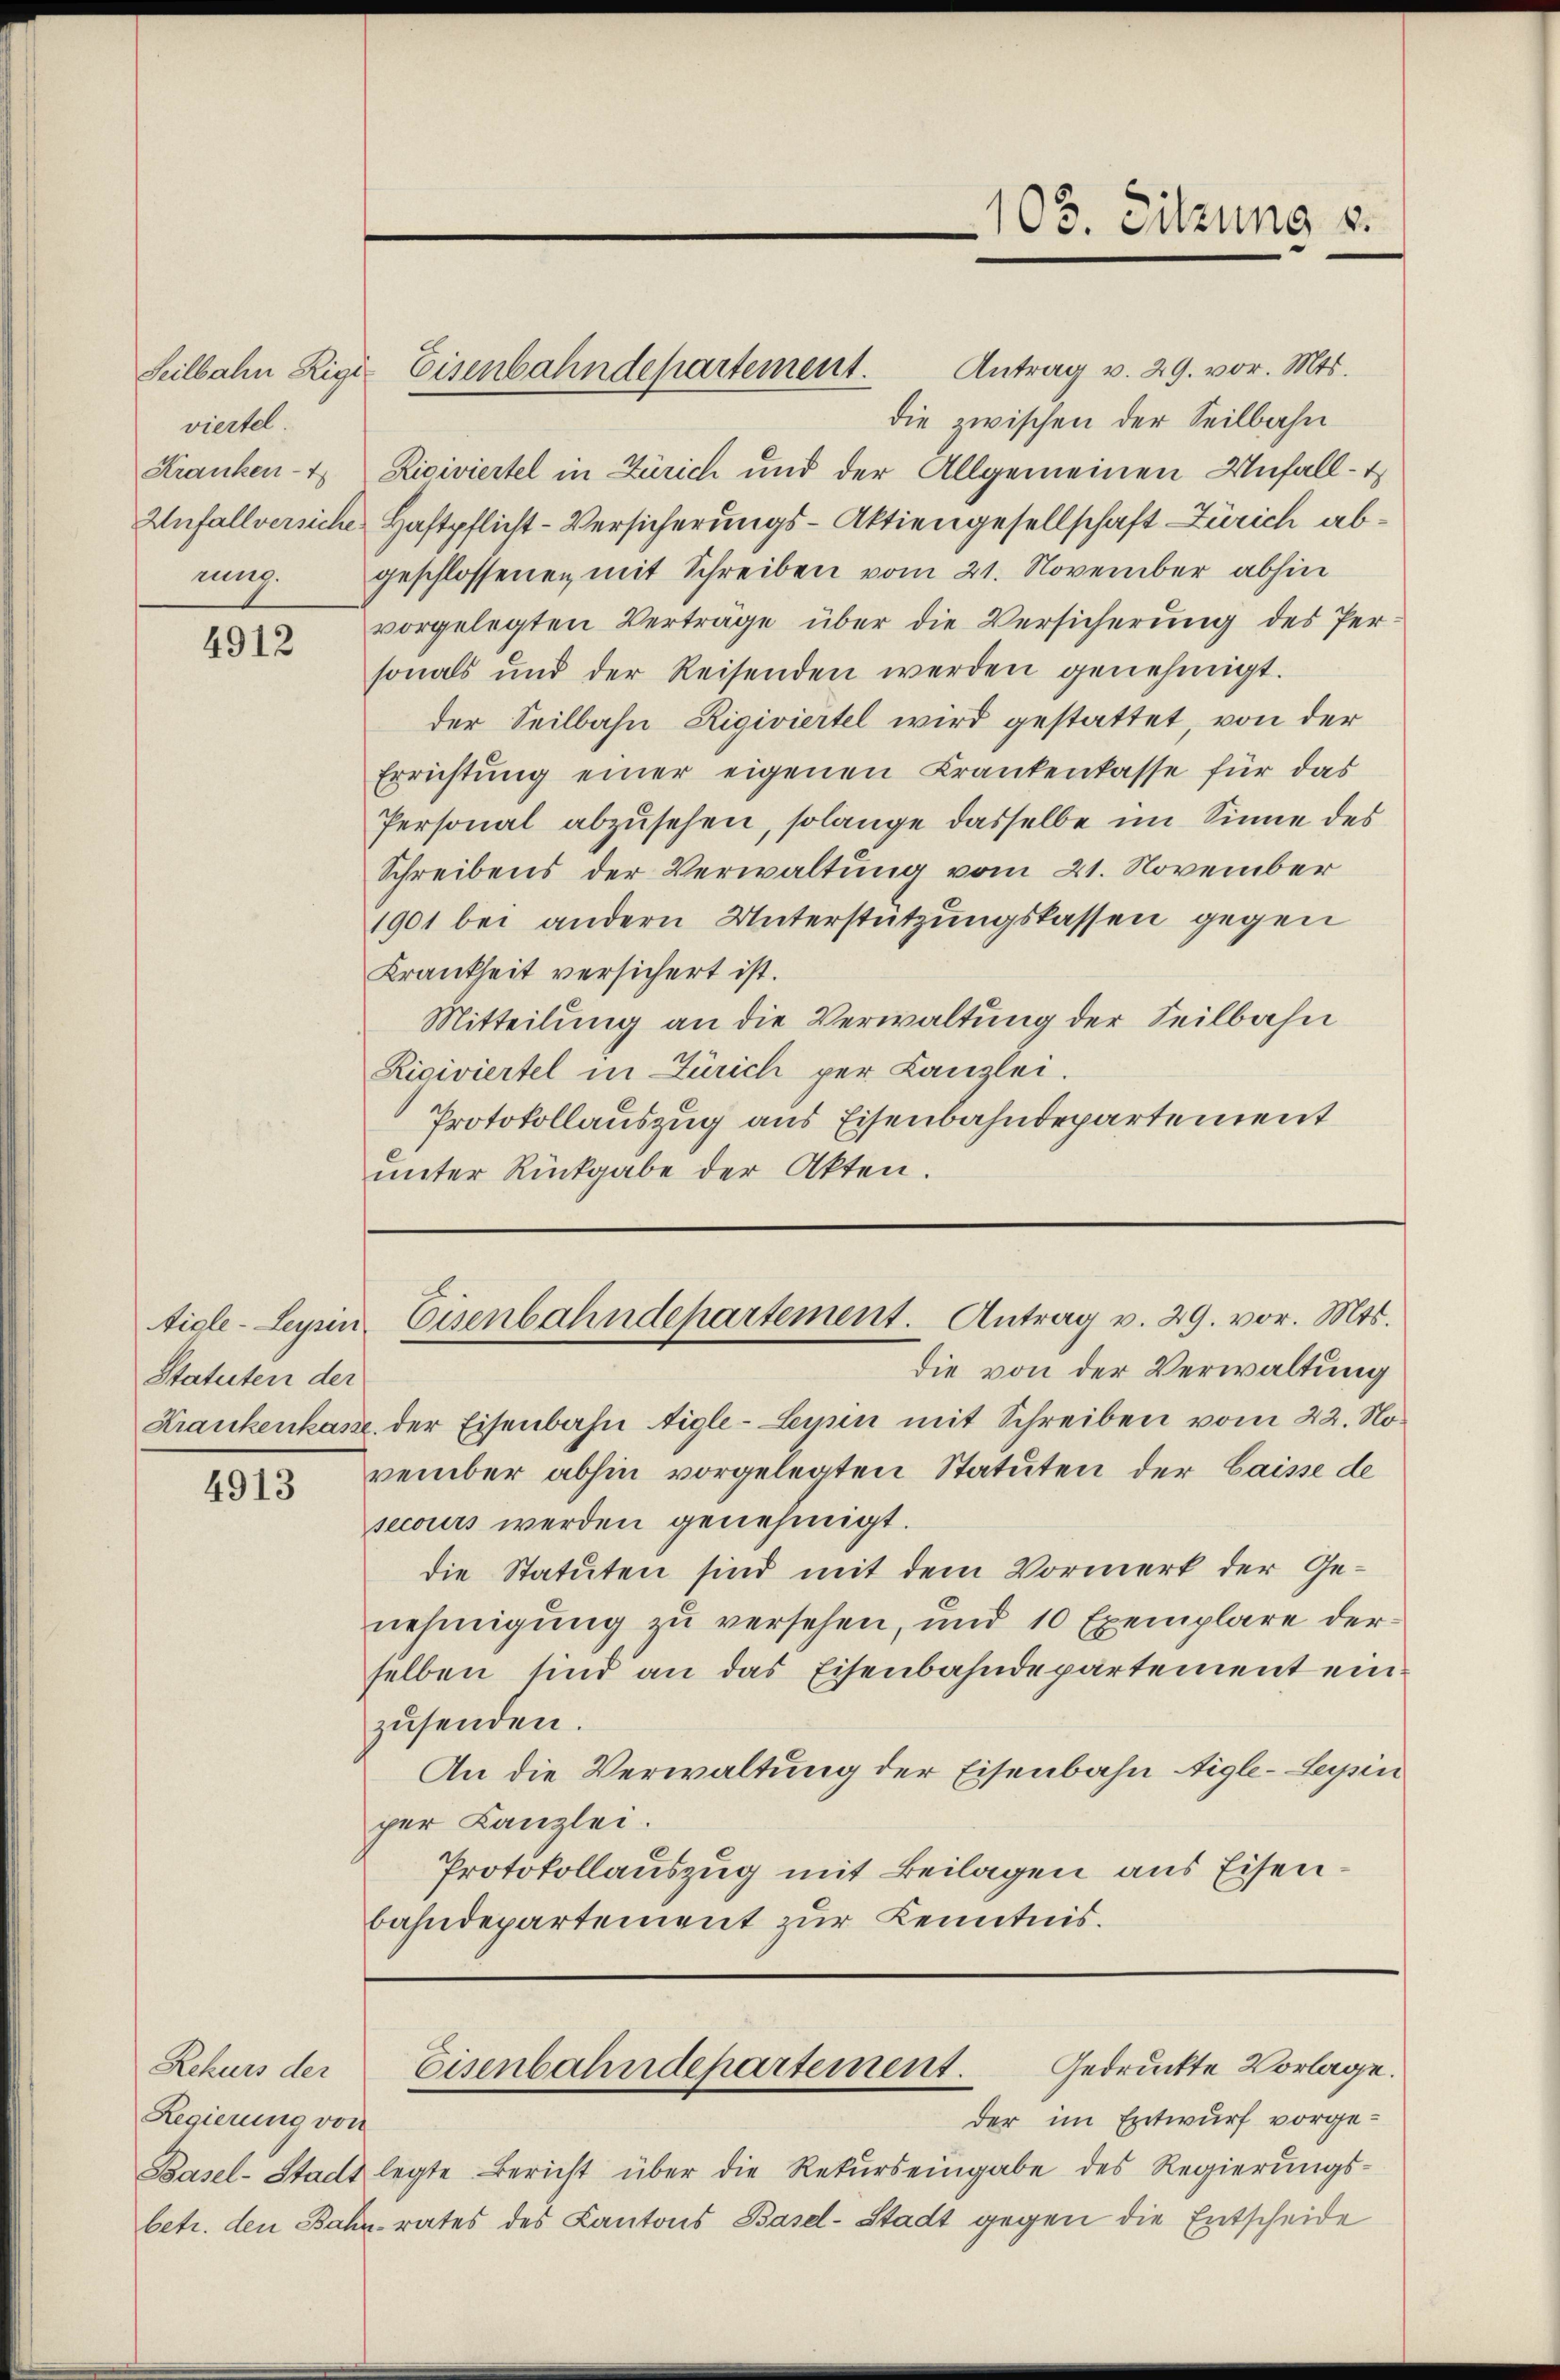
viertel.
Kranken-
rung.

4912

Statuten der

4913

Regierung von

Seilbahn Rigi-Eisenbahndepartement. Antrag v. 29. vor. Mts.
die zwischen der Seilbahn
Riciviertel in Zürich und der Allgemeinen Unfall-
Unfallversiche Haftpflicht-Versicherungs-Aktiengesellschaft Zürich abgeschlossenen mit Schreiben vom 21. November abhin
vorgelegten Verträge über die Versicherung des Personals und der Reisenden werden genehmigt.
der Seilbahn Rigiviertel wird gestattet, von der
Errichtung einer eigenen Krankenkasse für das
Personal abzusehen, solange dasselbe im Sinne des
Schreibens der Verwaltung vom 21. November
1901 bei andern Unterstützungskassen gegen
Krankheit versichert ist.
Mitteilung an die Verwaltung der Seilbahn
Rigiviertel in Zürich per Kanzlei.
Protokollauszug aus Eisenbahndepartement
unter Rückgabe der Akten.

Krankenkasse der Eisenbahn Aigle-Leyrin mit Schreiben vom 22. November abhin vorgelegten Statuten der Caisse de
secours werden genehmigt.
die Statuten sind mit dem Vormerk der Genehmigung zu versehen, und 10 Exemplare derselben sind an das Eisenbahndepartement ein.
zŭsenden.
An die Verwaltung der Eisenbahn Aigle-Lepin
per Kanzlei.
Protokollauszug mit Beilagen aus Eisenbahndepartement zur Kenntnis.

der im Entwurf vorge¬
Basel-Stadt legte Bericht über die Rekŭrs eingabe des Regierŭngs-
betr. den Bahn rates des Kantons Basel-Stadt gegen die Entscheide

1
103. Sitzung 8.

tigle-Leyrin Eisenbahndepartement. Antrag v. 29. vor. Mts.
die von der Verwaltung

Gedruckte Vorlage.
Zekurs der Eisenbahndepartement.